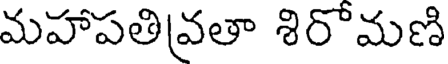
మహాపతివ్రతా శిరొమణి